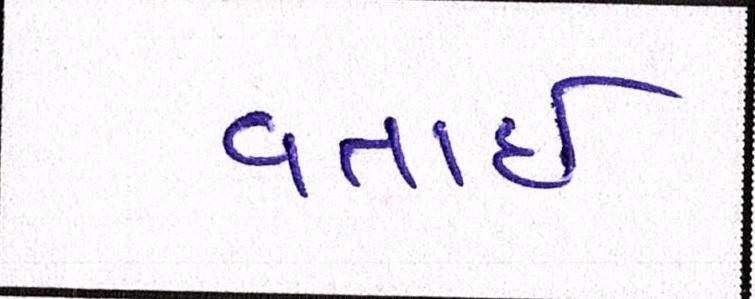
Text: વતાર્ઇ